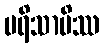
ပရိသာပိဿ